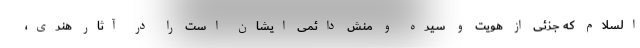
السلام که جزئی از هویت و سیره و منش دائمی ایشان است را در آثار هنری،